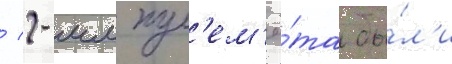
/ 2-мм пул'ем'ё́та бы́л'и